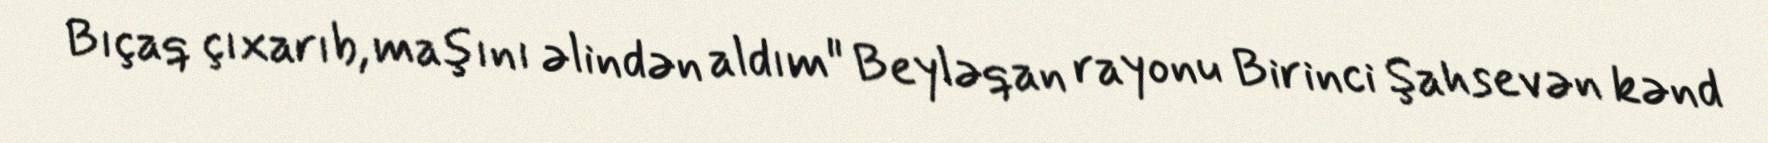
Bıçaq çıxarıb, maşını əlindən aldım" Beyləqan rayonu Birinci Şahsevən kənd